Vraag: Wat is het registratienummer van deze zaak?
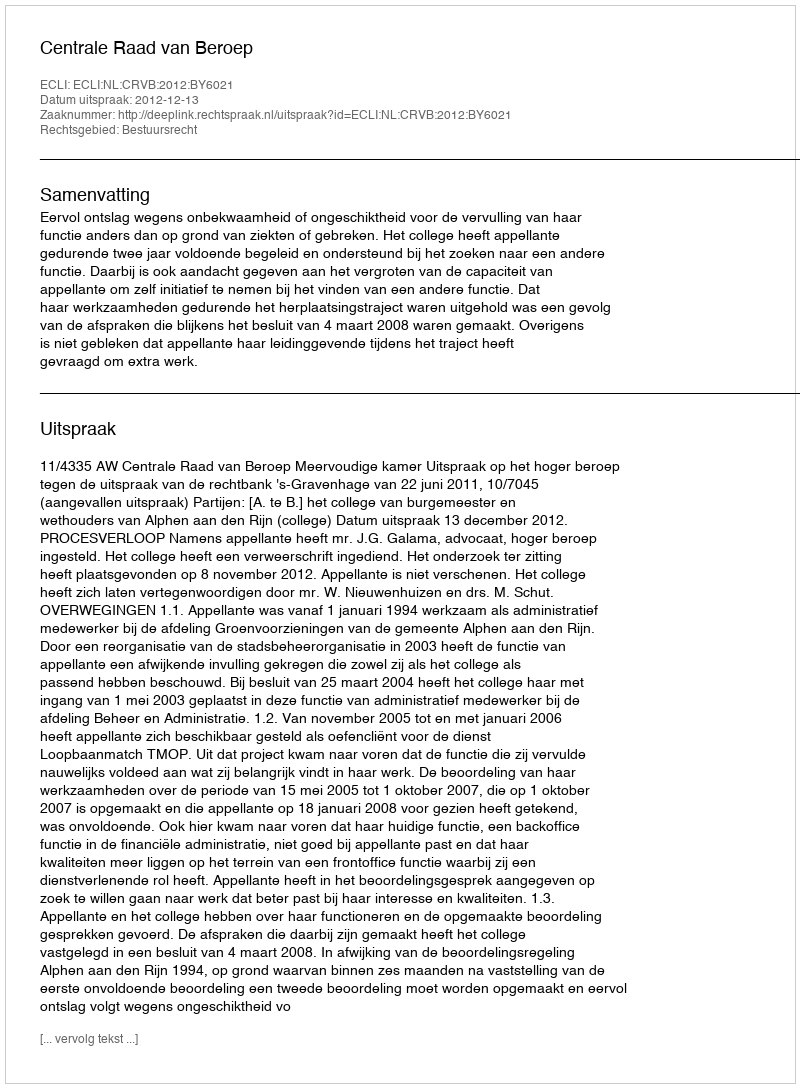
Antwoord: http://deeplink.rechtspraak.nl/uitspraak?id=ECLI:NL:CRVB:2012:BY6021